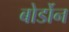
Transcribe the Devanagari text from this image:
बोर्डोन